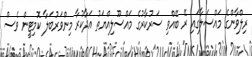
ރިލްވާންގެ މައްސަލާގައި ރޭ ބޭއްވި ސަރުކާރުގެ މައްސޫލިއްޔަތު އަދާކުރާ މިންވަރުބަލާ ކޮމިޓީން ވެސް